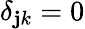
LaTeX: \delta_{\mathbf{j}k}=0